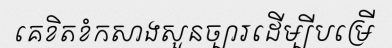
គេខិតខំកសាងសួនច្បារដើម្បីបម្រើ